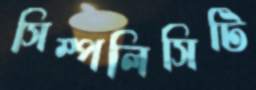
সিম্পলিসিটি